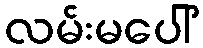
လမ်းမပေါ်